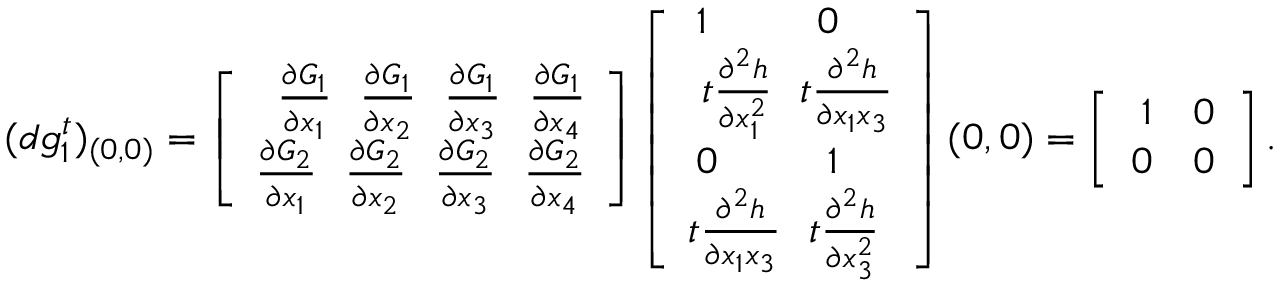
( d g _ { 1 } ^ { t } ) _ { ( 0 , 0 ) } = \left[ \begin{array} { r } { \frac { \partial G _ { 1 } } { \partial x _ { 1 } } \ \ \frac { \partial G _ { 1 } } { \partial x _ { 2 } } \ \ \frac { \partial G _ { 1 } } { \partial x _ { 3 } } \ \ \frac { \partial G _ { 1 } } { \partial x _ { 4 } } } \\ { \frac { \partial G _ { 2 } } { \partial x _ { 1 } } \ \ \frac { \partial G _ { 2 } } { \partial x _ { 2 } } \ \ \frac { \partial G _ { 2 } } { \partial x _ { 3 } } \ \ \frac { \partial G _ { 2 } } { \partial x _ { 4 } } } \end{array} \right] \left[ \begin{array} { r } { 1 \ \ \ \ \ \ \ \ 0 \ \ \ \ } \\ { t \frac { \partial ^ { 2 } h } { \partial x _ { 1 } ^ { 2 } } \ \ t \frac { \partial ^ { 2 } h } { \partial x _ { 1 } x _ { 3 } } } \\ { 0 \ \ \ \ \ \ \ \ 1 \ \ \ \ } \\ { t \frac { \partial ^ { 2 } h } { \partial x _ { 1 } x _ { 3 } } \ \ t \frac { \partial ^ { 2 } h } { \partial x _ { 3 } ^ { 2 } } \ } \end{array} \right] ( 0 , 0 ) = \left[ \begin{array} { r } { 1 \ \ \ 0 } \\ { 0 \ \ \ 0 } \end{array} \right] .